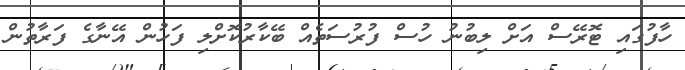
ހާފުގައި ޓޮރޭސް އަށް ލިބުނު ހުސް ފުރުސަތެއް ބޭކާރުކޮށްލި ފަހުން އޭނާގެ ފަރާތުން